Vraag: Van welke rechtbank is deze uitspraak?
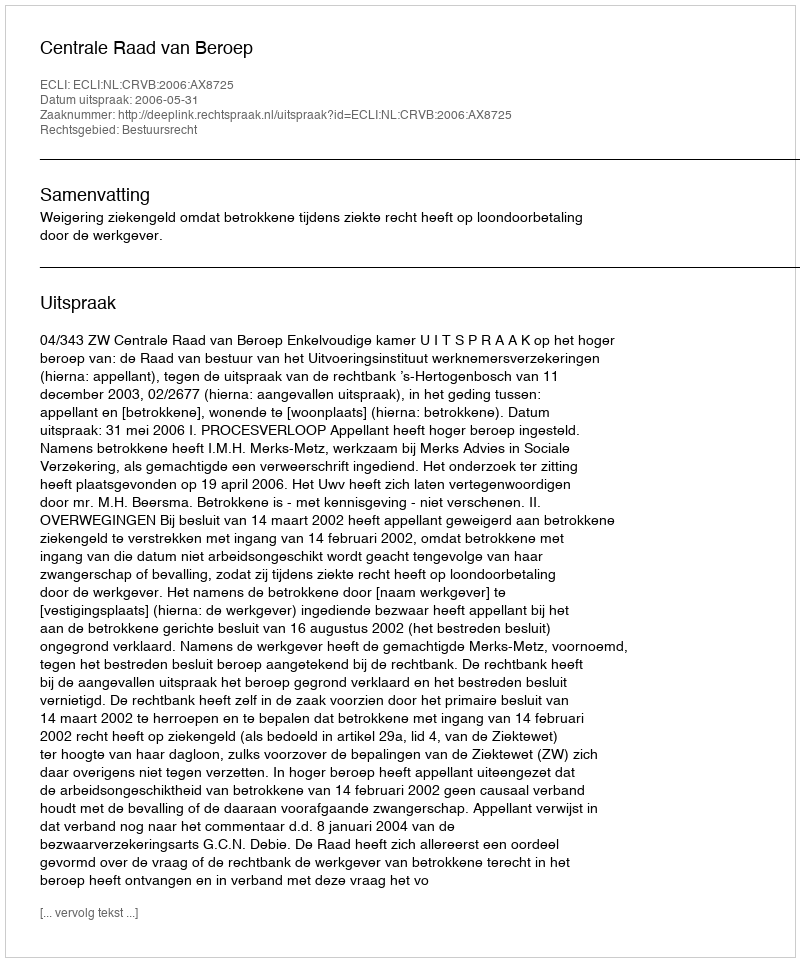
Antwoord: Centrale Raad van Beroep